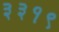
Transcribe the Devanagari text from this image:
३३१९